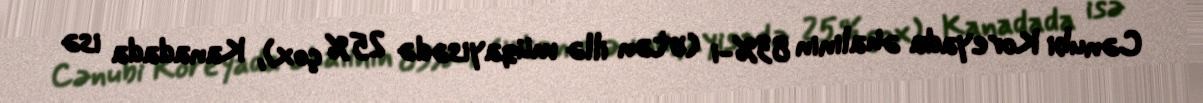
Cənubi Koreyada əhalinin 83%-i (ötən illə müqayisədə 25% çox), Kanadada isə